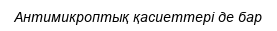
Антимикроптық қасиеттері де бар